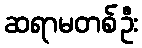
ဆရာမတစ်ဦး